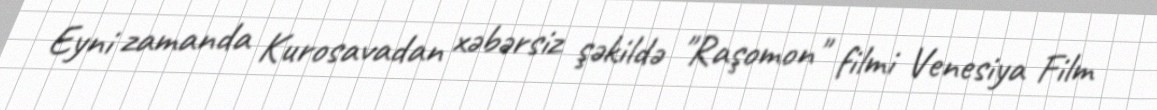
Eyni zamanda Kurosavadan xəbərsiz şəkildə "Raşomon" filmi Venesiya Film